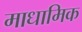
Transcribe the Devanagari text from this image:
माधामिक